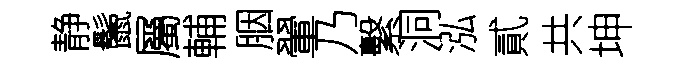
静鬛屬輔胭翬乃繫洞泓貳共坤